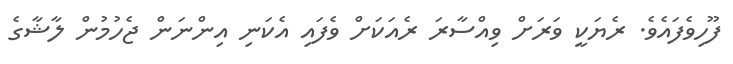
ފޫހިވެފައެވެ. ރެޔަކީ ވަރަށް ވިއްސާރަ ރެއަކަށް ވެފައި އެކަނި އިންނަން ޖެހުމުން ލާޝާގެ